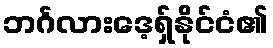
ဘင်္ဂလားဒေ့ရှ်နိုင်ငံ၏